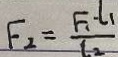
F _ { 2 } = \frac { F _ { 1 } \cdot l _ { 1 } } { l _ { 2 } }